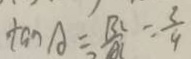
\tan A = \frac { B C } { A C } = \frac { 3 } { 9 }